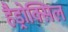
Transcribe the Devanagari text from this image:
हैड्रोक्सिल